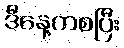
ဒီနေ့ကစပြီး